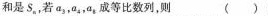
和是S_{n}若a_{3}，a_{4}，a_{5}成等比数列，则( )